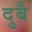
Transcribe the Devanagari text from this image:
दुबै